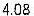
4.08